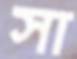
সা